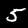
Label: 5